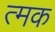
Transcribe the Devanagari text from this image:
त्मक